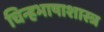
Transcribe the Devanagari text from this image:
चिन्हभाषाशास्त्र